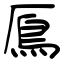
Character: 鳫